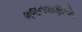
ભજનવાણીઓ